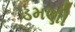
ડમણી